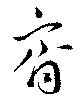
齊